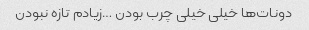
دونات‌ها خیلی خیلی چرب بودن …زیادم تازه نبودن